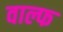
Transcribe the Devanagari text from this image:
वाल्फ